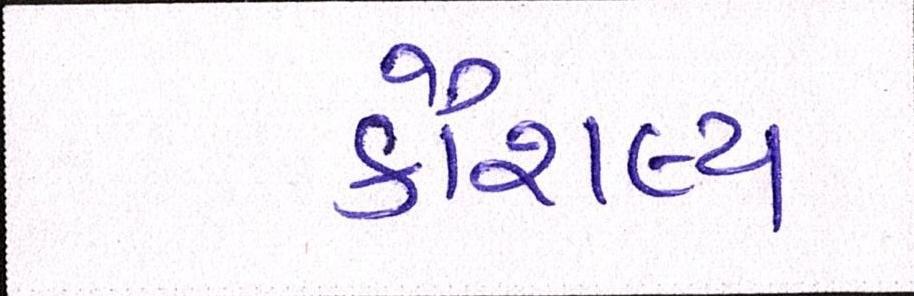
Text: કૌશલ્ય